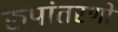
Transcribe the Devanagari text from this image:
रुपांतरणों